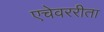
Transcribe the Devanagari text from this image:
एचेवररीता